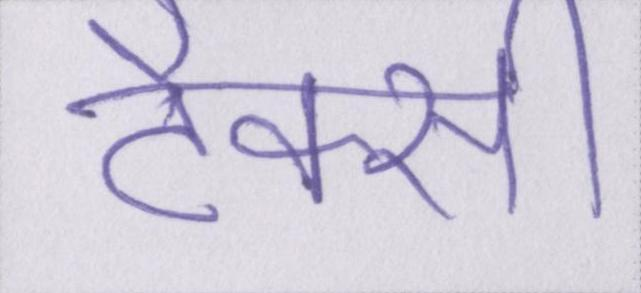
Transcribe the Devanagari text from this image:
टैक्सी